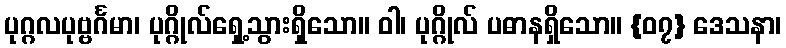
ပုဂ္ဂလပုဗ္ဗင်္ဂမာ၊ ပုဂ္ဂိုလ်ရှေ့သွားရှိသော။ ဝါ၊ ပုဂ္ဂိုလ် ပဓာနရှိသော။ {၀၇} ဒေသနာ၊